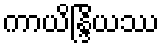
ကာယိန္ဒြိယဿ